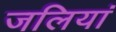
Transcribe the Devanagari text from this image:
जलियां